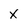
Character: X